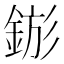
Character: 𨧗